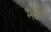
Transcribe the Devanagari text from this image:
मोहैर